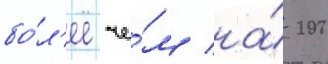
бо́л'ее че́м на́ 200